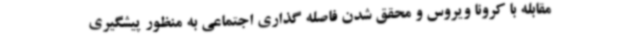
مقابله با کرونا ویروس و محقق شدن فاصله گذاری اجتماعی به منظور پیشگیری